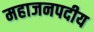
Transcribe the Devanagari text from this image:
महाजनपदीय